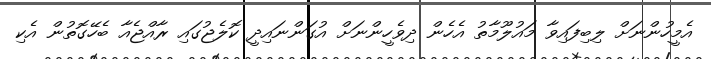
އެމީހުންނަށް ލިބިފައިވާ މައުލޫމާތު އެހެން ދިވެހީންނަށް އުގަންނައިދީ ކޮލެޖުގައި ރާއްޖެއާ ބެހޭގޮތުން އެކި